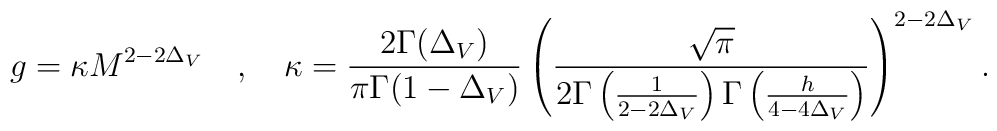
g=\kappa M^{2-2\Delta _{V}}\quad ,\quad \kappa =\frac{2\Gamma (\Delta _{V})}{\pi \Gamma (1-\Delta _{V})}\left( \frac{\sqrt{\pi }}{2\Gamma \left( \frac{1}{2-2\Delta _{V}}\right) \Gamma \left( \frac{h}{4-4\Delta _{V}}\right) }\right) ^{2-2\Delta _{V}}.